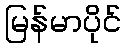
မြန်မာပိုင်